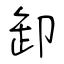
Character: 卸